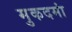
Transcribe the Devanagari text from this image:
मुकदमां